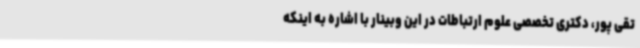
تقی پور، دکتری تخصصی علوم ارتباطات در این وبینار با اشاره به اینکه